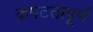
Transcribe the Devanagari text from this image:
कपटतापूर्ण